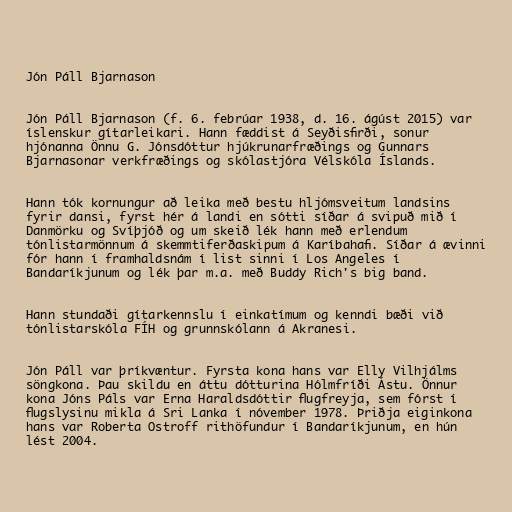
Jón Páll Bjarnason

Jón Páll Bjarnason (f. 6. febrúar 1938, d. 16. ágúst 2015) var
íslenskur gítarleikari. Hann fæddist á Seyðisfirði, sonur
hjónanna Önnu G. Jónsdóttur hjúkrunarfræðings og Gunnars
Bjarnasonar verkfræðings og skólastjóra Vélskóla Íslands.

Hann tók kornungur að leika með bestu hljómsveitum landsins
fyrir dansi, fyrst hér á landi en sótti síðar á svipuð mið í
Danmörku og Svíþjóð og um skeið lék hann með erlendum
tónlistarmönnum á skemmtiferðaskipum á Karíbahafi. Síðar á ævinni
fór hann í framhaldsnám í list sinni í Los Angeles í
Bandaríkjunum og lék þar m.a. með Buddy Rich's big band.

Hann stundaði gítarkennslu í einkatímum og kenndi bæði við
tónlistarskóla FÍH og grunnskólann á Akranesi.

Jón Páll var þríkvæntur. Fyrsta kona hans var Elly Vilhjálms
söngkona. Þau skildu en áttu dótturina Hólmfríði Ástu. Önnur
kona Jóns Páls var Erna Haraldsdóttir flugfreyja, sem fórst í
flugslysinu mikla á Sri Lanka í nóvember 1978. Þriðja eiginkona
hans var Roberta Ostroff rithöfundur í Bandaríkjunum, en hún
lést 2004.